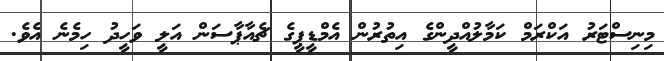
މިނިސްޓަރު އަކްރަމް ކަމާލުއްދީންގެ އިތުރުން އެމްޑީޕީގެ ޗެއާޕާސަން އަލީ ވަހީދު ހިމެނެ އެވެ.